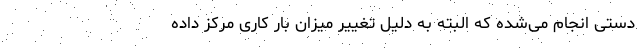
دستی انجام می‌شده که البته به دلیل تغییر میزان بار کاری مرکز داده